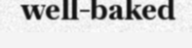
well-baked